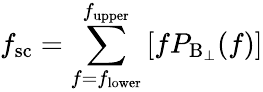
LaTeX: f_{\mathrm{sc}}=\sum_{f=f_{\mathrm{lower}}}^{f_{\mathrm{upper}}}\left[fP_{\mathrm{B_{\perp}}}(f)\right]